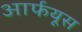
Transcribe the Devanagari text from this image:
आर्फयूस